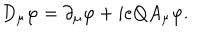
D _ { \mu } \varphi = \partial _ { \mu } \varphi + i e Q A _ { \mu } \varphi .